Problem: 2 × 4 = ?
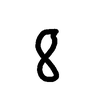
Handwritten answer: 8